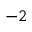
^ { - 2 }